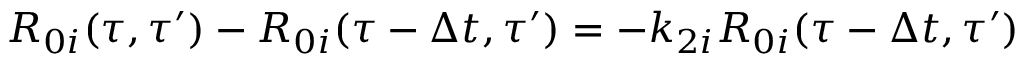
R _ { 0 i } ( \tau , \tau ^ { \prime } ) - R _ { 0 i } ( \tau - \Delta t , \tau ^ { \prime } ) = - k _ { 2 i } R _ { 0 i } ( \tau - \Delta t , \tau ^ { \prime } )